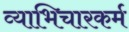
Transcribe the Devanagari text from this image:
व्याभिचारकर्म